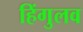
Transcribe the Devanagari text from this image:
हिंगुलव